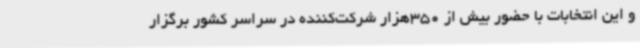
و این انتخابات با حضور بیش از 350هزار شرکت‌کننده در سراسر کشور برگزار